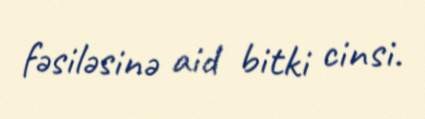
fəsiləsinə aid bitki cinsi.